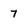
Character: 7